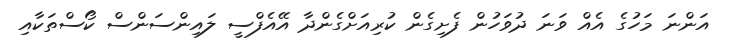
އަންނަ މަހުގެ އެއް ވަނަ ދުވަހުން ފެށިގެން ކުރިއަށްގެންދާ އޭއެފްސީ ލައިންސަންސް ކޯސްތަކާއި